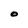
Character: O